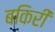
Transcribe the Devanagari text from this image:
बकिरी